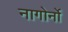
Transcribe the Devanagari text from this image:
नागोर्नो